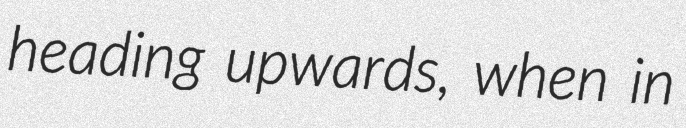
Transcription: heading upwards, when in